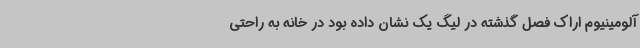
آلومینیوم اراک فصل گذشته در لیگ یک نشان داده بود در خانه به راحتی